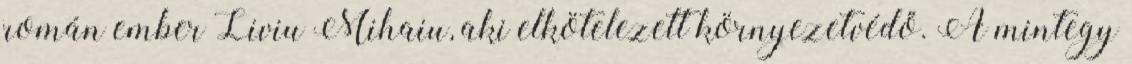
román ember Liviu Mihaiu, aki elkötelezett környezetvédő. A mintegy